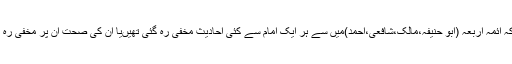
اس لیے کہ أئمہ اربعہ (ابو حنیفہ،مالک،شافعی،احمد)میں سے ہر ایک امام سے کئی احادیث مخفی رہ گئی تھیںیا ان کی صحت ان پر مخفی رہ گئی تھی۔